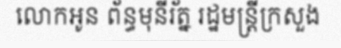
លោកអូន ព័ន្ធមុនីរ័ត្ន រដ្ឋមន្ត្រីក្រសួង